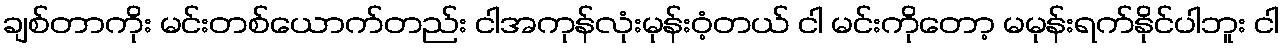
ချစ်တာကိုး မင်းတစ်ယောက်တည်း ငါအကုန်လုံးမုန်းဝံ့တယ် ငါ မင်းကိုတော့ မမုန်းရက်နိုင်ပါဘူး ငါ